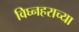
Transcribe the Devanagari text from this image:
विघ्नहराच्या